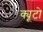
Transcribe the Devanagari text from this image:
क्यूटो